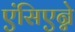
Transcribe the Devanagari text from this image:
एंसिएन्ने